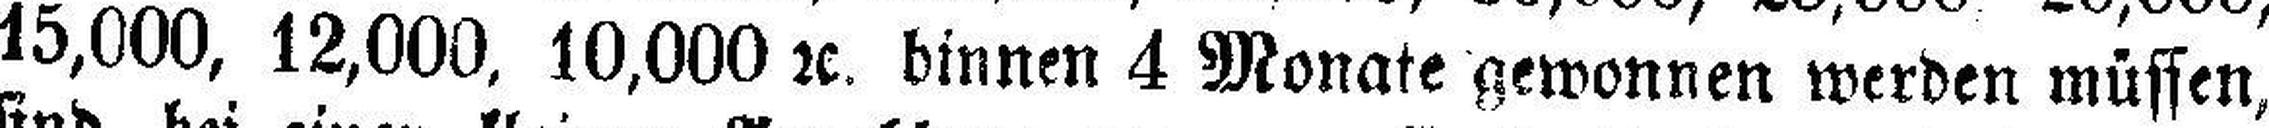
15,000, 12,000, 10,000 2c. binnen 4 Monate gewonnen werden müssen,